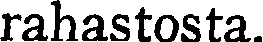
rahastosta.